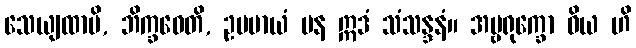
သေယျထာပိ, ဘိက္ခဝေတိ, ဥပမာယံ ပန ဣဒံ သံသန္ဒနံ။ အမ္ဗရုက္ခော ဝိယ ဟိ